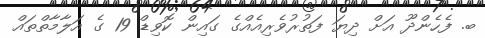
ބ. ފެހެންދޫ އަށް ދިޔަ ފަތުރުވެރިއެއްގެ ގައިން ކޮވިޑް 19 ގެ އަލާމާތްތައް